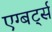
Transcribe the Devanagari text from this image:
एग्बर्ट्स